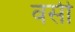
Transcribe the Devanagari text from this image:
वर्सी